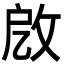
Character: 𢼚